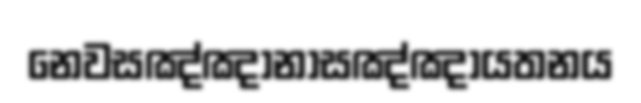
නෙවසඤ්ඤානාසඤ්ඤායතනය